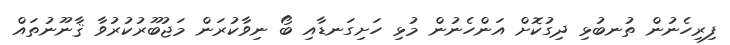
ފިރިހެނުން ތުނބުޅި ދިގުކޮށް އަންހެނުން މުޅި ހަށިގަނޑާއި ބޯ ނިވާކުރަން މަޖުބޫރުކުރުވާ ޤާނޫނުތައް